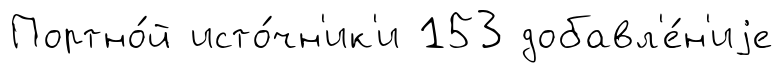
Портно́й исто́чн'ик'и 153 добавл'е́н'иjе